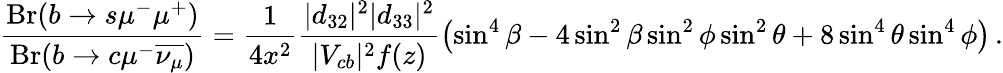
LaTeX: \frac{\mathrm{{Br}}(b\rightarrow s\mu^{-}\mu^{+})}{{\mathrm{Br}}(b\rightarrow c\mu^{-}{\overline{{{\nu_{\mu}}}}})}=\frac{1}{4x^{2}}\frac{|d_{32}|^{2}|d_{33}|^{2}}{|V_{cb}|^{2}f(z)}\left(\sin^{4}\beta-4\sin^{2}\beta\sin^{2}\phi\sin^{2}\theta+8\sin^{4}\theta\sin^{4}\phi\right)\, .